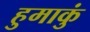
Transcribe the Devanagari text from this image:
हुमाकुं